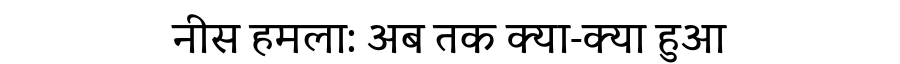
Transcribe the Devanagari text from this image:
नीस हमला: अब तक क्या-क्या हुआ